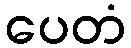
ပေတံ